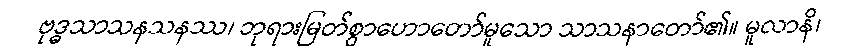
ဗုဒ္ဓသာသနသနဿ၊ ဘုရားမြတ်စွာဟောတော်မူသော သာသနာတော်၏။ မူလာနိ၊